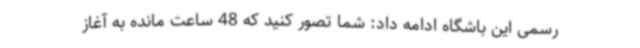
رسمی این باشگاه ادامه داد: شما تصور کنید که 48 ساعت مانده به آغاز